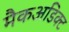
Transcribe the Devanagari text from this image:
मैकअडिक्ट